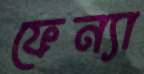
ফেন্যা